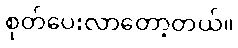
စုတ်ပေးလာတော့တယ်။